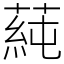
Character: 蒓